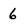
Character: 6